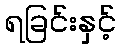
ရခြင်းနှင့်